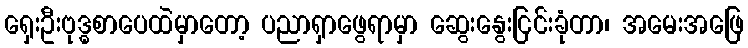
ရှေးဦးဗုဒ္ဓစာပေထဲမှာတော့ ပညာရှာဖွေရာမှာ ဆွေးနွေးငြင်းခုံတာ၊ အမေးအဖြေ